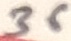
Text: 36